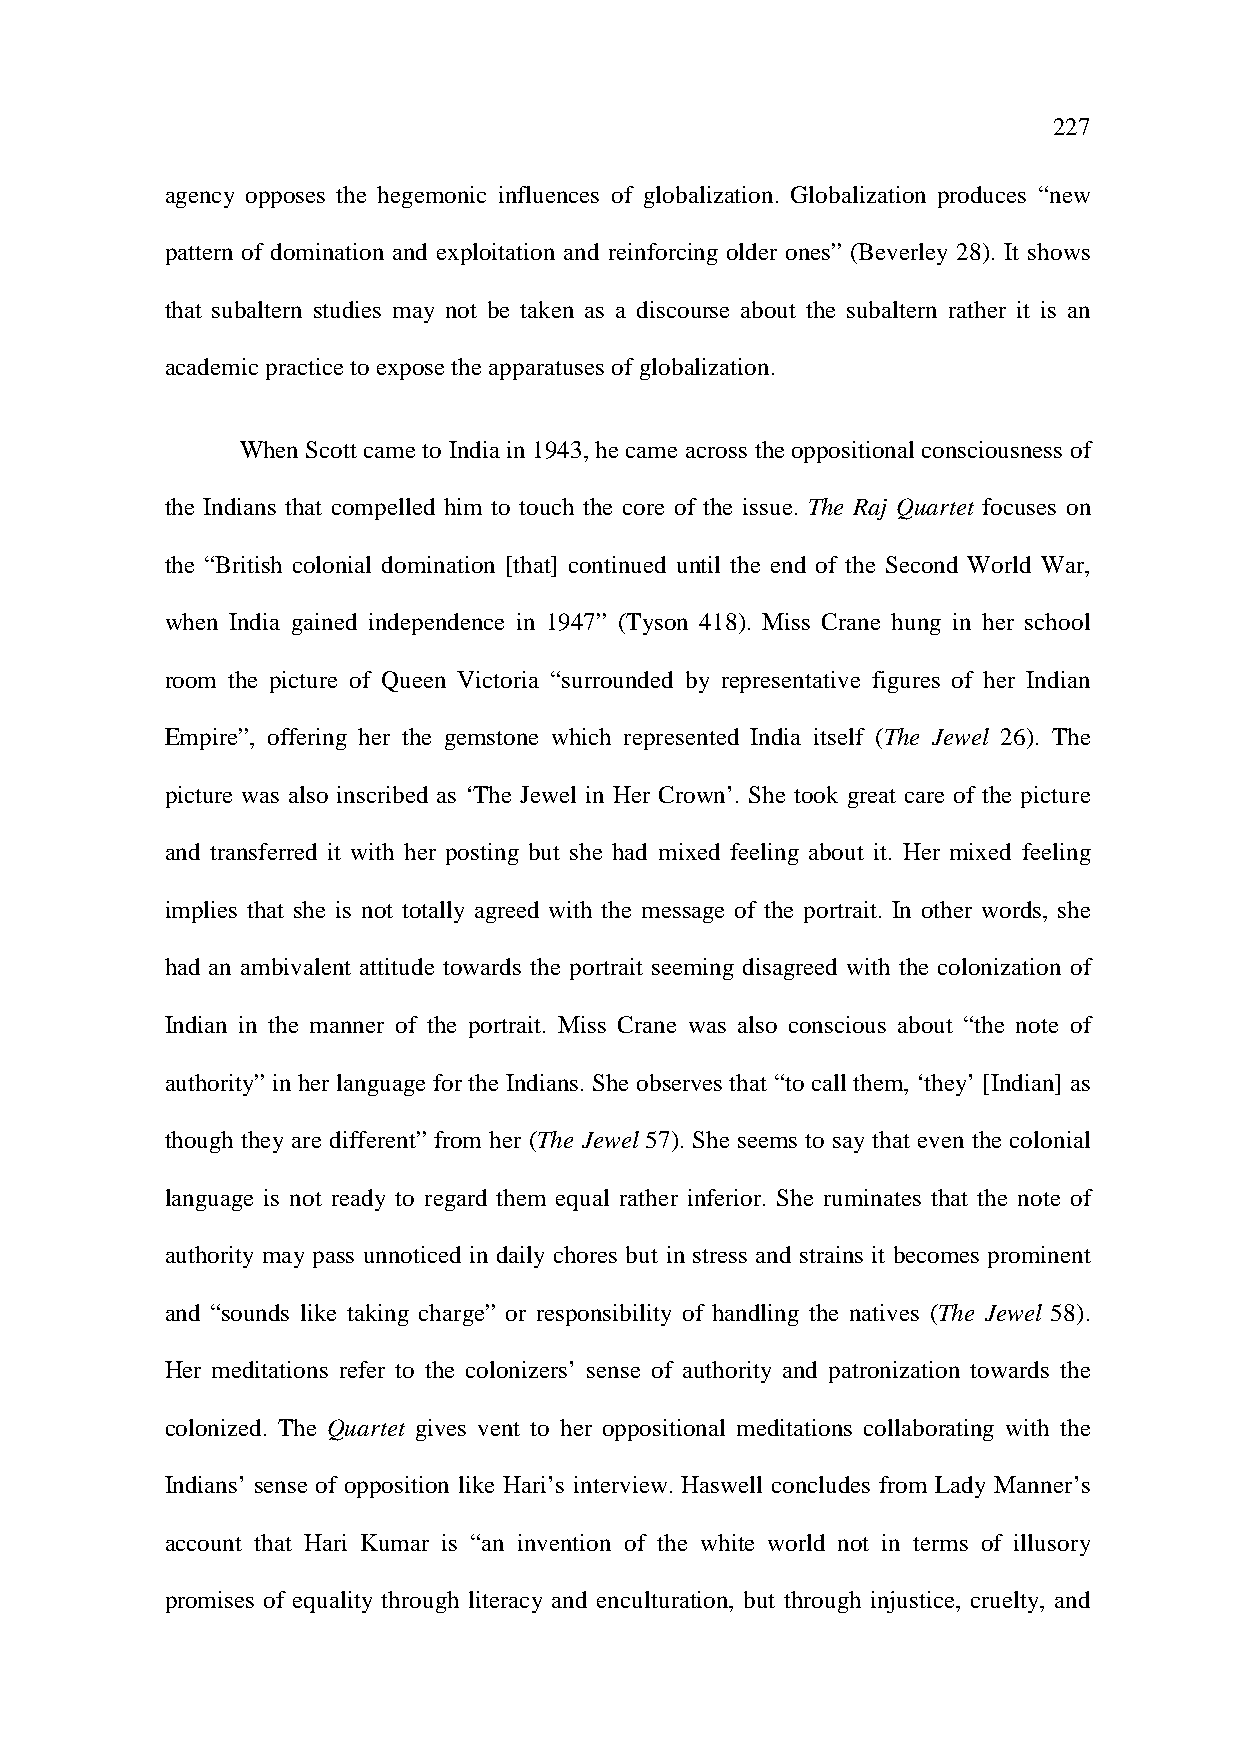
227
 agency opposes the hegemonic influences of globalization. Globalization produces “new
 pattern of domination and exploitation and reinforcing older ones” (Beverley 28). It shows
 that subaltern studies may not be taken as a discourse about the subaltern rather it is an
 academic practice to expose the apparatuses of globalization.
 When Scott came to India in 1943, he came across the oppositional consciousness of
 the Indians that compelled him to touch the core of the issue. The Raj Quartet focuses on
 the “British colonial domination [that] continued until the end of the Second World War,
 when India gained independence in 1947” (Tyson 418). Miss Crane hung in her school
 room the picture of Queen Victoria “surrounded by representative figures of her Indian
 Empire”, offering her the gemstone which represented India itself (The Jewel 26). The
 picture was also inscribed as ‘The Jewel in Her Crown’. She took great care of the picture
 and transferred it with her posting but she had mixed feeling about it. Her mixed feeling
 implies that she is not totally agreed with the message of the portrait. In other words, she
 had an ambivalent attitude towards the portrait seeming disagreed with the colonization of
 Indian in the manner of the portrait. Miss Crane was also conscious about “the note of
 authority” in her language for the Indians. She observes that “to call them, ‘they’ [Indian] as
 though they are different” from her (The Jewel 57). She seems to say that even the colonial
 language is not ready to regard them equal rather inferior. She ruminates that the note of
 authority may pass unnoticed in daily chores but in stress and strains it becomes prominent
 and “sounds like taking charge” or responsibility of handling the natives (The Jewel 58).
 Her meditations refer to the colonizers’ sense of authority and patronization towards the
 colonized. The Quartet gives vent to her oppositional meditations collaborating with the
 Indians’ sense of opposition like Hari’s interview. Haswell concludes from Lady Manner’s
 account that Hari Kumar is “an invention of the white world not in terms of illusory
 promises of equality through literacy and enculturation, but through injustice, cruelty, and